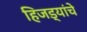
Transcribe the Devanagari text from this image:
हिजड्यांचे